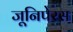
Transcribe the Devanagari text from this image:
जूनिपेरस